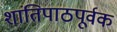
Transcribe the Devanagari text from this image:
शांतिपाठपूर्वक